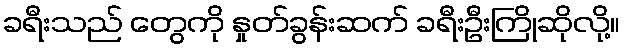
ခရီးသည် တွေကို နှုတ်ခွန်းဆက် ခရီးဦးကြိုဆိုလို့။